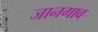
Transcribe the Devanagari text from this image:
जानगाव